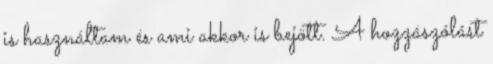
is használtam és ami akkor is bejött. A hozzászólást